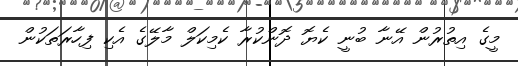
މީގެ އިތުރުން އޭނާ ބުނީ ކެޔޮ ދޮންކުރާ ކެމިކަލް މާލޭގެ އެކި ފިހާރަތަކުން